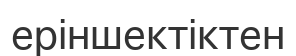
еріншектіктен